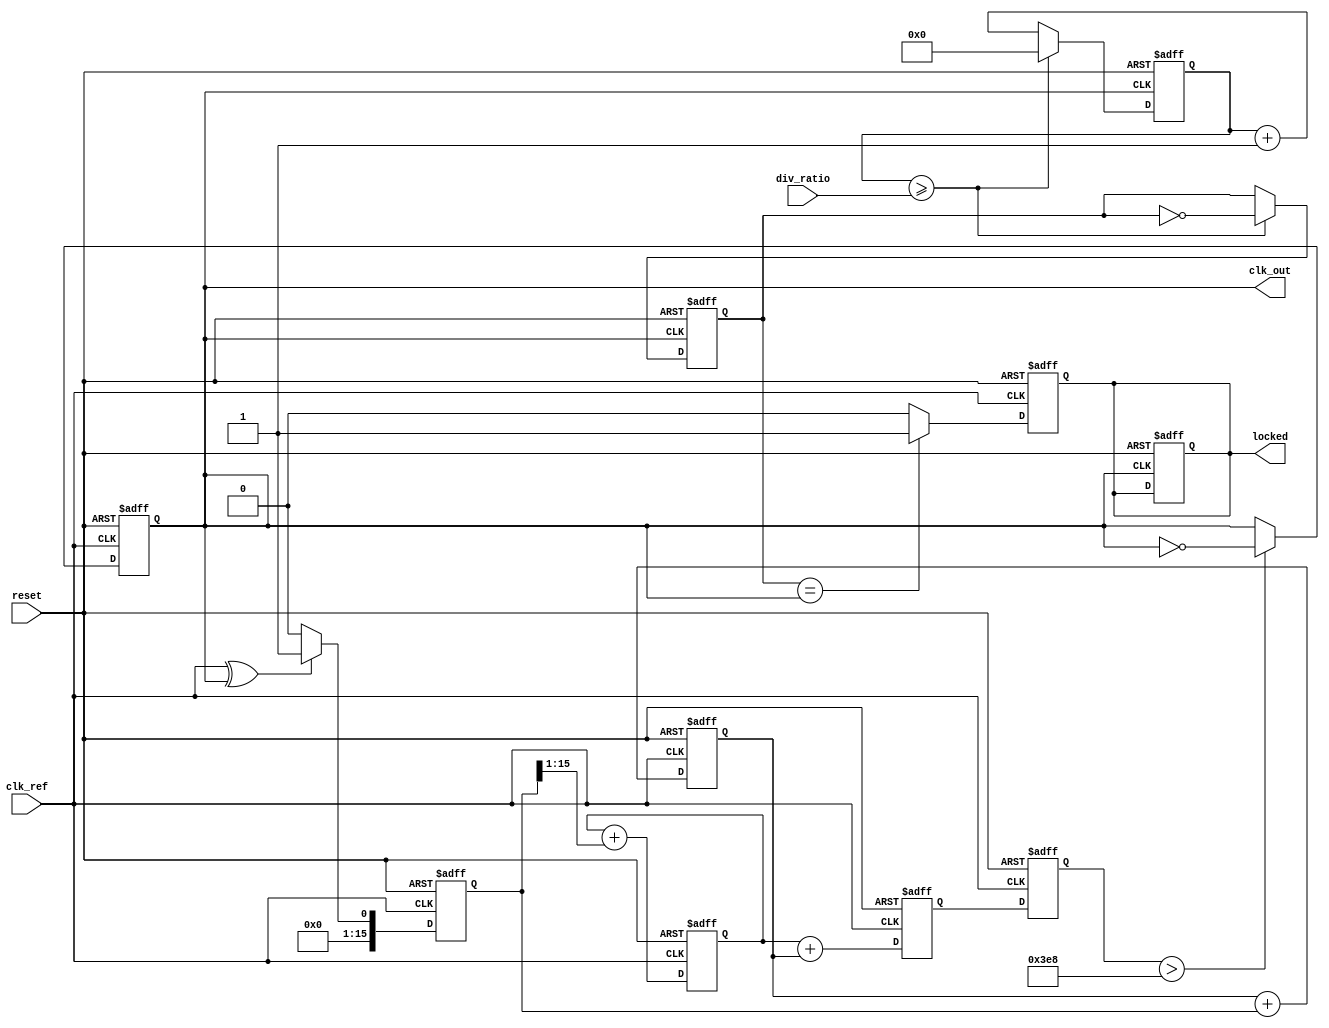
module dual_loop_pll (
    input wire clk_ref,           // Reference clock input
    input wire reset,             // Asynchronous reset
    input wire [3:0] div_ratio,   // Programmable division ratio
    output reg clk_out,           // Output clock
    output reg locked             // Lock status indicator
);

    // Internal signals
    reg [15:0] phase_error;       // Phase error signal
    reg [15:0] coarse_filter;      // Coarse loop filter output
    reg [15:0] fine_filter;        // Fine loop filter output
    reg [15:0] vco_control;        // Control voltage for VCO
    reg [15:0] vco_freq;           // VCO frequency output
    reg [31:0] counter;            // Frequency divider counter
    reg [31:0] feedback;           // Feedback signal from output clock

    // Phase Detector (PD)
    always @(posedge clk_ref or posedge reset) begin
        if (reset) begin
            phase_error <= 16'b0;
        end else begin
            // Simulate phase detection (simple XOR for demo purposes)
            phase_error <= (clk_ref ^ clk_out) ? 16'b1 : 16'b0;
        end
    end

    // Coarse Loop Filter (second-order)
    always @(posedge clk_ref or posedge reset) begin
        if (reset) begin
            coarse_filter <= 16'b0;
        end else begin
            coarse_filter <= coarse_filter + (phase_error >> 1); // Simple integration
        end
    end

    // Fine Loop Filter (first-order)
    always @(posedge clk_ref or posedge reset) begin
        if (reset) begin
            fine_filter <= 16'b0;
        end else begin
            fine_filter <= fine_filter + phase_error; // Simple integration
        end
    end

    // Voltage-Controlled Oscillator (VCO)
    always @(posedge clk_ref or posedge reset) begin
        if (reset) begin
            vco_control <= 16'b0;
            vco_freq <= 16'b0;
            clk_out <= 1'b0;
        end else begin
            vco_control <= coarse_filter + fine_filter; // Combine filters
            vco_freq <= vco_control; // Update VCO frequency
            // Generate output clock based on VCO frequency
            if (vco_freq > 16'd1000) begin // Example threshold
                clk_out <= ~clk_out; // Toggle output clock
            end
        end
    end

    // Frequency Divider
    always @(posedge clk_out or posedge reset) begin
        if (reset) begin
            counter <= 32'b0;
            feedback <= 32'b0;
            locked <= 1'b0;
        end else begin
            counter <= counter + 1;
            if (counter >= div_ratio) begin
                counter <= 32'b0;
                feedback <= ~feedback; // Toggle feedback signal
            end
        end
    end

    // Lock Detection Logic
    always @(posedge clk_ref or posedge reset) begin
        if (reset) begin
            locked <= 1'b0;
        end else begin
            // Simple lock detection (feedback should match VCO output)
            locked <= (feedback == clk_out) ? 1'b1 : 1'b0;
        end
    end

endmodule